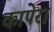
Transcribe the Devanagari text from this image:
कापेरा